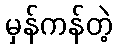
မှန်ကန်တဲ့